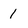
Character: 1